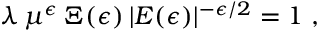
\lambda \, \mu ^ { \epsilon } \, \Xi ( \epsilon ) \, | E ( \epsilon ) | ^ { - \epsilon / 2 } = 1 \; ,